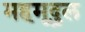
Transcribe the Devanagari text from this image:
महमूदुल